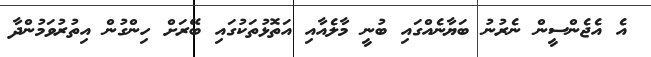
އެ އެޖެންސީން ނެރުނު ބަޔާނެއްގައި ބުނީ މާލެއާއި އަތޮޅުތަކުގައި ބޭރަށް ހިންގުން އިތުރުވަމުންދާ